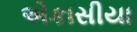
એકાસીયા